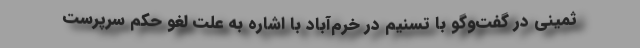
ثمینی در گفت‌وگو با تسنیم در خرم‌آباد با اشاره به علت لغو حکم سرپرست